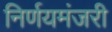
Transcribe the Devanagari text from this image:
निर्णयमंजरी